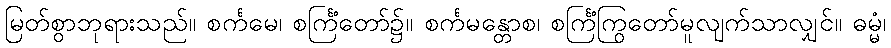
မြတ်စွာဘုရားသည်။ စင်္ကမေ၊ စင်္ကြံတော်၌။ စင်္ကမန္တောစ၊ စင်္ကြံကြွတော်မူလျက်သာလျှင်။ ဓမ္မံ၊